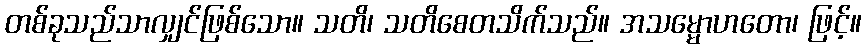
တစ်ခုသည်သာလျှင်ဖြစ်သော။ သတိ၊ သတိစေတသိက်သည်။ အသမ္မောဟတော၊ ဖြင့်။